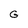
Character: G